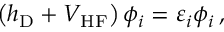
\left( h _ { \mathrm { D } } + V _ { \mathrm { H F } } \right) \phi _ { i } = \varepsilon _ { i } \phi _ { i } \, ,